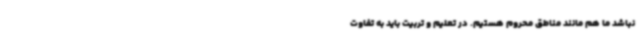
نباشد ما هم مانند مناطق محروم هستیم. در تعلیم و تربیت باید به تفاوت